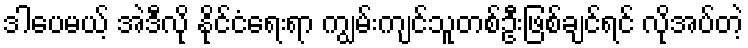
ဒါပေမယ့် အဲဒီလို နိုင်ငံရေးရာ ကျွမ်းကျင်သူတစ်ဦးဖြစ်ချင်ရင် လိုအပ်တဲ့